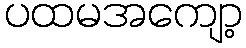
ပထမအကျော့